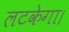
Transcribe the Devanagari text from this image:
लटकेगा।